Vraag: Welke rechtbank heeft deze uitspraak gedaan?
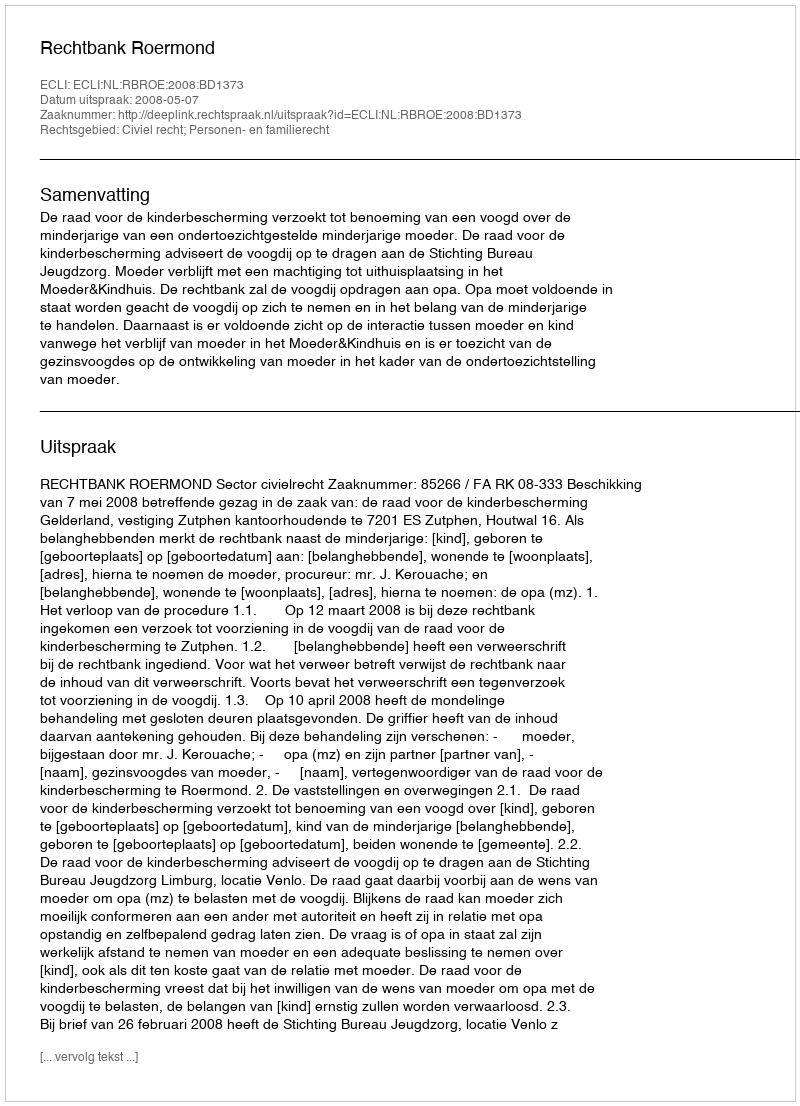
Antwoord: Rechtbank Roermond